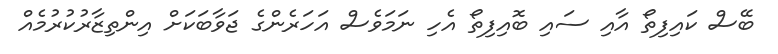
ބޭސް ކައިފިތޯ އާއި ސައި ބޮއިފިތޯ އެހި ނަމަވެސް އަހަރެންގެ ޖަވާބަކަށް އިންތިޒާރުކުރުމެއް